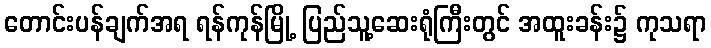
တောင်းပန်ချက်အရ ရန်ကုန်မြို့ ပြည်သူ့ဆေးရုံကြီးတွင် အထူးခန်း၌ ကုသရာ